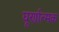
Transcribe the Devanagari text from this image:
घूर्णात्मक